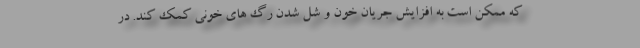
که ممکن است به افزایش جریان خون و شل شدن رگ های خونی کمک کند. در